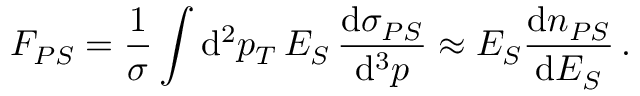
F _ { P S } = { \frac { 1 } { \sigma } } \int \mathrm { d } ^ { 2 } p _ { T } \, E _ { S } \, { \frac { \mathrm { d } \sigma _ { P S } } { \mathrm { d } ^ { 3 } p } } \approx E _ { S } { \frac { \mathrm { d } n _ { P S } } { \mathrm { d } E _ { S } } } \, .